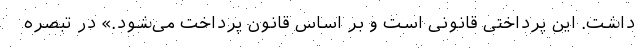
داشت. این پرداختی قانونی است و بر اساس قانون پرداخت می‌شود.» در تبصره